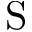
\mathrm { S }